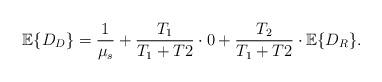
LaTeX: \begin{align*}\mathbb{E}\{D_D\} =\frac{1}{\mu_s}+\frac{T_1}{T_1+T2}\cdot 0+\frac{T_2}{T_1+T2}\cdot\mathbb{E}\{D_R\}. \end{align*}